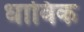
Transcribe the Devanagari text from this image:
धाविक